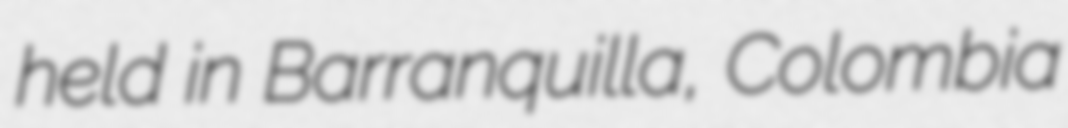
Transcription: held in Barranquilla, Colombia